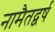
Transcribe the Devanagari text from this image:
नामैतद्वर्ष